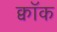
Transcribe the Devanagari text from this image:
क्वॉक